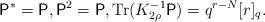
LaTeX: \begin{align*}\mathsf{P}^* = \mathsf{P}, \mathsf{P}^2 = \mathsf{P}, \mathrm{Tr}(K_{2 \rho}^{-1} \mathsf{P}) = q^{r - N} [r]_q.\end{align*}